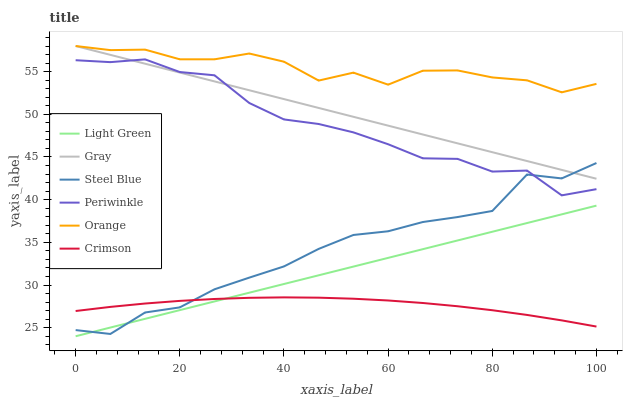
| xaxis_label | Light Green | Gray | Steel Blue | Periwinkle | Orange | Crimson |
 | --- | --- | --- | --- | --- | --- | --- |
 | 0 | 24 | 58 | 24.7 | 56.3 | 58 | 27 |
 | 6.67 | 25 | 57 | 24.3 | 56.1 | 57.5 | 27.4 |
 | 13.3 | 26 | 55.9 | 26.8 | 56.4 | 57.6 | 27.8 |
 | 20 | 27.1 | 54.9 | 27.4 | 55 | 56.4 | 28.1 |
 | 26.7 | 28.1 | 53.9 | 29.5 | 54.6 | 56.4 | 28.4 |
 | 33.3 | 29.1 | 52.8 | 30.9 | 51.3 | 57.1 | 28.5 |
 | 40 | 30.1 | 51.8 | 32.2 | 49.4 | 56.2 | 28.6 |
 | 46.7 | 31.1 | 50.7 | 34.2 | 48.9 | 54 | 28.5 |
 | 53.3 | 32.2 | 49.7 | 35.9 | 47.9 | 54.9 | 28.4 |
 | 60 | 33.2 | 48.7 | 36.3 | 46.5 | 53.5 | 28.2 |
 | 66.7 | 34.2 | 47.6 | 37.4 | 44.8 | 55.1 | 27.9 |
 | 73.3 | 35.2 | 46.6 | 38 | 44.8 | 55.1 | 27.5 |
 | 80 | 36.2 | 45.6 | 38.7 | 43.3 | 54.3 | 27 |
 | 86.7 | 37.3 | 44.5 | 42.9 | 43.4 | 54 | 26.5 |
 | 93.3 | 38.3 | 43.5 | 42.5 | 40.5 | 52.6 | 25.9 |
 | 100 | 39.3 | 42.5 | 44.3 | 41.2 | 53.6 | 25.1 |